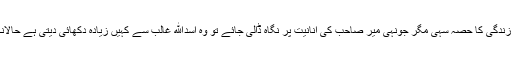
غالب کی شخصیت اور اُن کی شانِ امارت طبقاتی زندگی کا حصہ سہی مگر جونہی میر صاحب کی انانیت پر نگاہ ڈالی جائے تو وہ اسدﷲ غالب سے کہیں زیادہ دکھائی دیتی ہے حالانکہ حضرت میر ایک متوسط طبقے کے فرد تھے۔